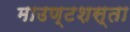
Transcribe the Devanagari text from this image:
माउण्टशस्ता